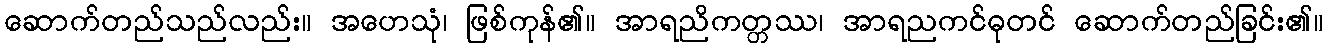
ဆောက်တည်သည်လည်း။ အဟေသုံ၊ ဖြစ်ကုန်၏။ အာရညိကတ္တဿ၊ အာရညကင်ဓုတင် ဆောက်တည်ခြင်း၏။